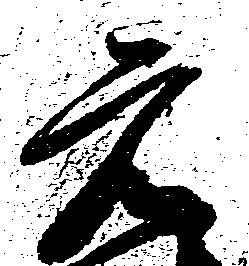
元